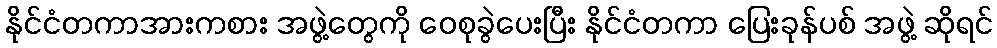
နိုင်ငံတကာအားကစား အဖွဲ့တွေကို ဝေစုခွဲပေးပြီး နိုင်ငံတကာ ပြေးခုန်ပစ် အဖွဲ့ ဆိုရင်